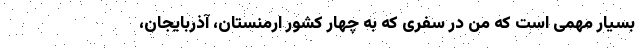
بسیار مهمی است که من در سفری که به چهار کشور ارمنستان، آذربایجان،